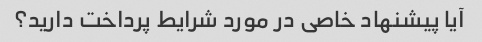
آیا پیشنهاد خاصی در مورد شرایط پرداخت دارید؟